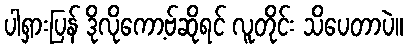
ပါရှားပြန် ဒိုလိုကော့ဗ်ဆိုရင် လူတိုင်း သိပေတာပဲ။